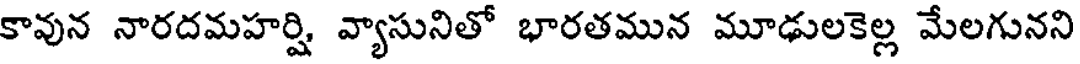
కావున నారదమహర్షి వ్యాసునితో భారతమున మూఢులకెల్ల మేలగునని